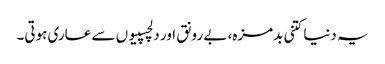
یہ دنیا کتنی بدمزہ، بے رونق اور دلچسپیوں سے عاری ہوتی۔